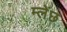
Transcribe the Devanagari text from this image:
म्लेंछ